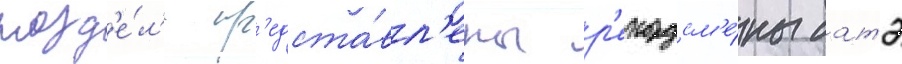
разд'е́л'е пр'едста́вл'ены р'екордсм'е́ны батэ